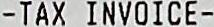
-TAX INVOICE-